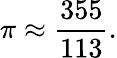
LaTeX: \pi\approx{\frac{355}{113}}.